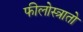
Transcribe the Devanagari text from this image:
फीलोस्त्रातो